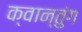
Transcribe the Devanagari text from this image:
क्वान्तुंग